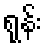
ရုန်း